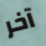
آخر